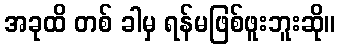
အခုထိ တစ် ခါမှ ရန်မဖြစ်ဖူးဘူးဆို။